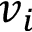
v _ { i }